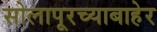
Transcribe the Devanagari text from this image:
सोलापूरच्याबाहेर